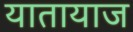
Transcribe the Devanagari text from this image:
यातायाज